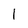
Character: 1